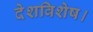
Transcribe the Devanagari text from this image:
देशविशेष।